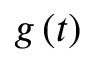
g \left( t \right)